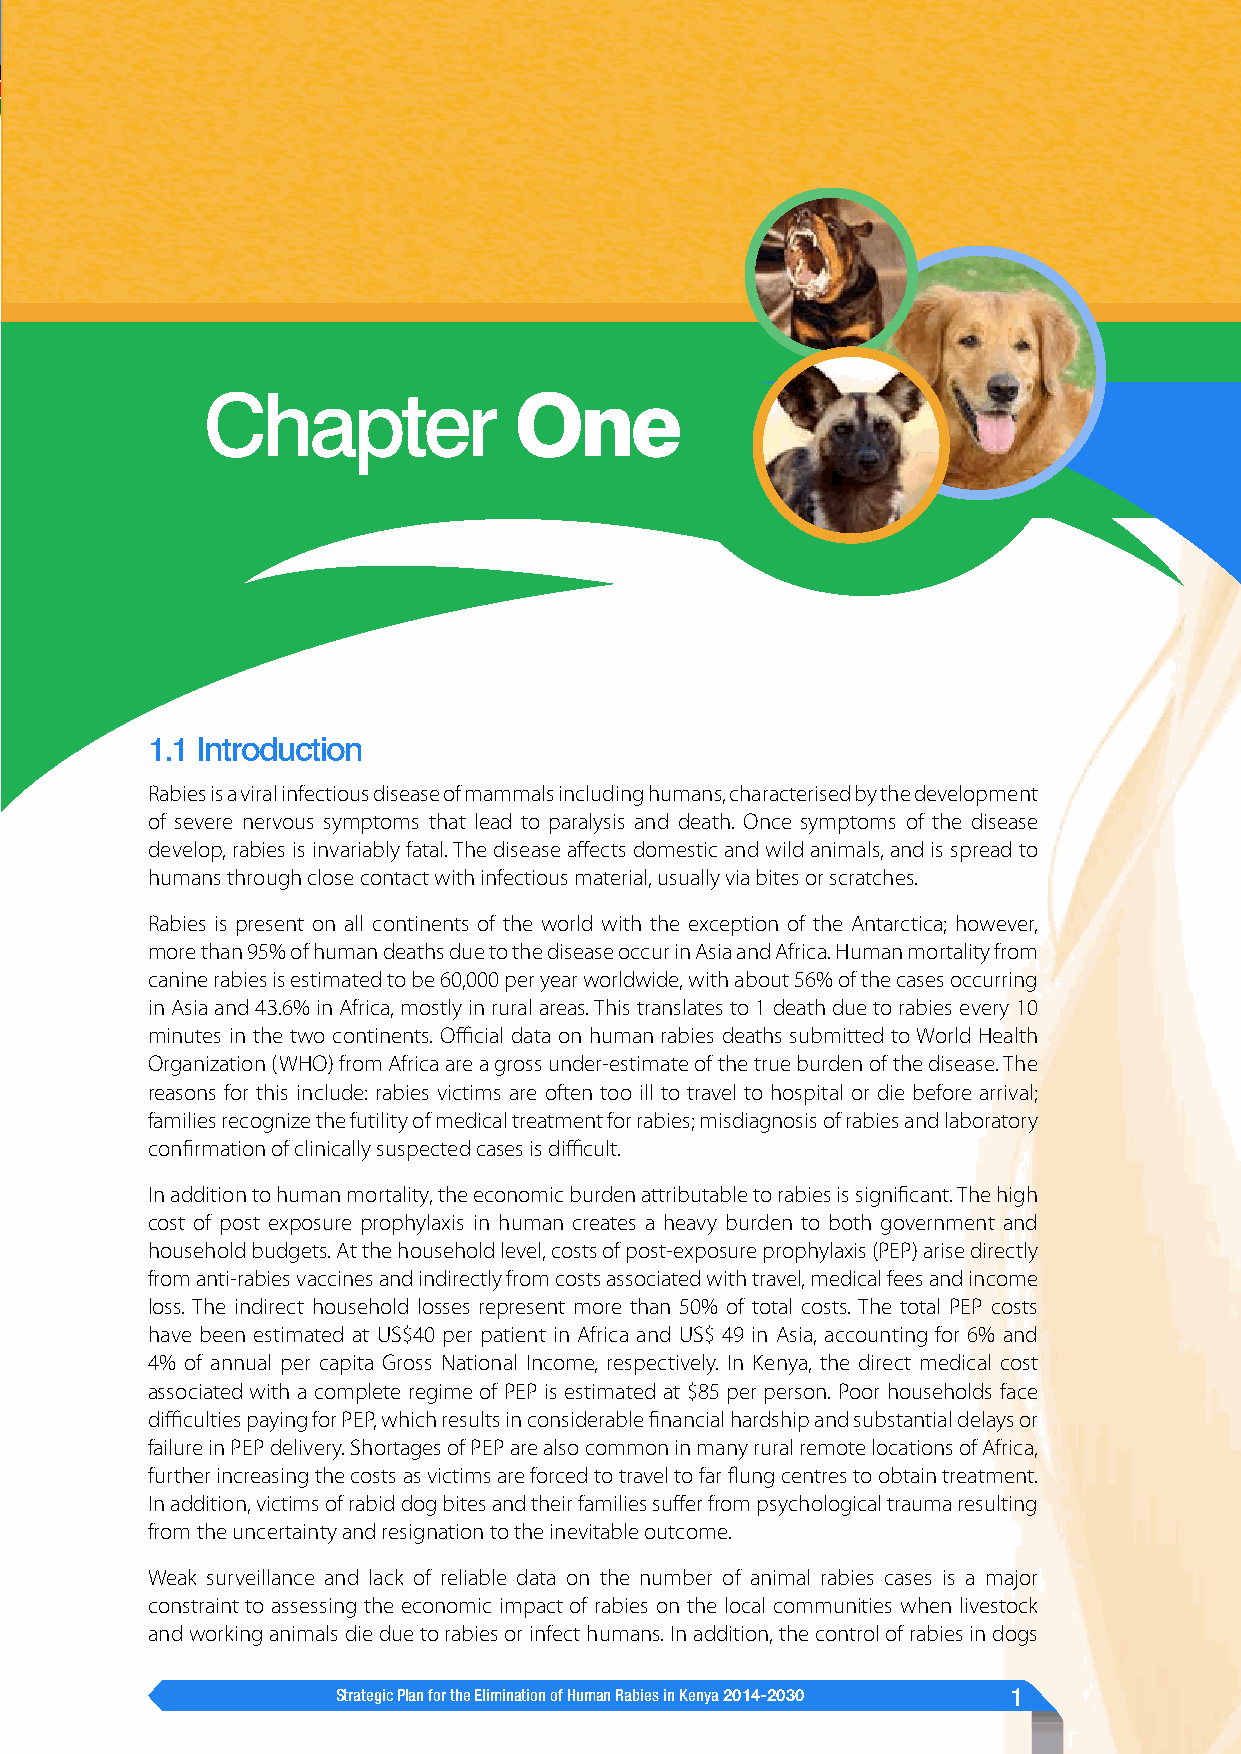
Chapter              One
 1.1 Introduction
 Rabies is a viral infectious disease of mammals including humans, characterised by the development
 of severe nervous symptoms that lead to paralysis and death. Once symptoms of the disease
 develop, rabies is invariably fatal. The disease affects domestic and wild animals, and is spread to
 humans through close contact with infectious material, usually via bites or scratches.
 Rabies is present on all continents of the world with the exception of the Antarctica; however,
 more than 95% of human deaths due to the disease occur in Asia and Africa. Human mortality from
 canine rabies is estimated to be 60,000 per year worldwide, with about 56% of the cases occurring
 in Asia and 43.6% in Africa, mostly in rural areas. This translates to 1 death due to rabies every 10
 minutes in the two continents. Official data on human rabies deaths submitted to World Health
 Organization (WHO) from Africa are a gross under-estimate of the true burden of the disease. The
 reasons for this include: rabies victims are often too ill to travel to hospital or die before arrival;
 families recognize the futility of medical treatment for rabies; misdiagnosis of rabies and laboratory
 confirmation of clinically suspected cases is difficult.
 In addition to human mortality, the economic burden attributable to rabies is significant. The high
 cost of post exposure prophylaxis in human creates a heavy burden to both government and
 household budgets. At the household level, costs of post-exposure prophylaxis (PEP) arise directly
 from anti-rabies vaccines and indirectly from costs associated with travel, medical fees and income
 loss. The indirect household losses represent more than 50% of total costs. The total PEP costs
 have been estimated at US$40 per patient in Africa and US$ 49 in Asia, accounting for 6% and
 4% of annual per capita Gross National Income, respectively. In Kenya, the direct medical cost
 associated with a complete regime of PEP is estimated at $85 per person. Poor households face
 difficulties paying for PEP, which results in considerable financial hardship and substantial delays or
 failure in PEP delivery. Shortages of PEP are also common in many rural remote locations of Africa,
 further increasing the costs as victims are forced to travel to far flung centres to obtain treatment.
 In addition, victims of rabid dog bites and their families suffer from psychological trauma resulting
 from the uncertainty and resignation to the inevitable outcome.
 Weak surveillance and lack of reliable data on the number of animal rabies cases is a major
 constraint to assessing the economic impact of rabies on the local communities when livestock
 and working animals die due to rabies or infect humans. In addition, the control of rabies in dogs
 Strategic Plan for the Elimination of Human Rabies in Kenya 2014-2030 1
 1